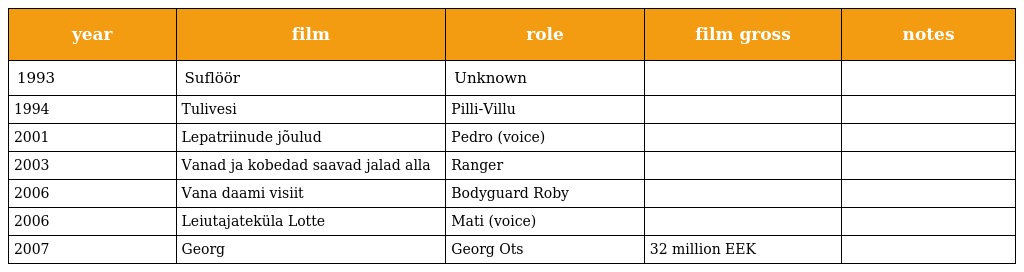
| year | film | role | film gross | notes |
 | --- | --- | --- | --- | --- |
 | 1993 | Suflöör | Unknown |  |  |
 | 1994 | Tulivesi | Pilli-Villu |  |  |
 | 2001 | Lepatriinude jõulud | Pedro (voice) |  |  |
 | 2003 | Vanad ja kobedad saavad jalad alla | Ranger |  |  |
 | 2006 | Vana daami visiit | Bodyguard Roby |  |  |
 | 2006 | Leiutajateküla Lotte | Mati (voice) |  |  |
 | 2007 | Georg | Georg Ots | 32 million EEK |  |